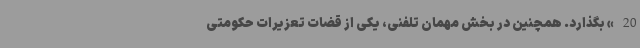
20» بگذارد. همچنین در بخش مهمان تلفنی، یکی از قضات تعزیرات حکومتی